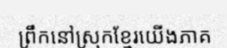
ព្រឹកនៅស្រុកខ្មែរយើងភាគ